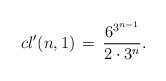
LaTeX: \begin{align*}cl'(n,1) \,=\, \frac{6^{3^{n-1}}}{2 \cdot 3^n}.\end{align*}